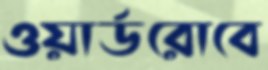
ওয়ার্ডরোবে